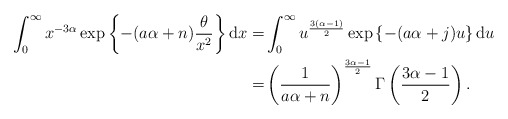
\begin{align*}\int^\infty_0x^{-3\alpha}\exp\left\{-(a\alpha+n)\frac{\theta}{x^2} \right\}\mathrm{d}x=&\int^\infty_0u^{\frac{3(\alpha-1)}{2}}\exp\left\{-(a\alpha+j)u\right\}\mathrm{d}u\\=&\left(\frac{1}{a\alpha+n}\right)^{\frac{3\alpha-1}{2}}\Gamma\left( \frac{3\alpha-1}{2} \right).\end{align*}